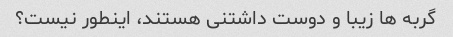
گربه ها زیبا و دوست داشتنی هستند، اینطور نیست؟